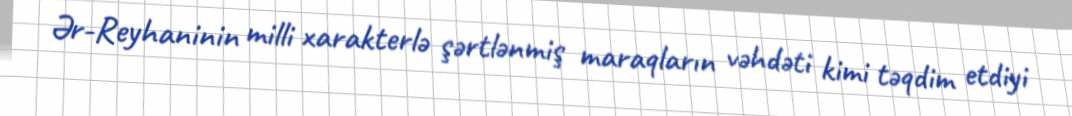
Ər-Reyhaninin milli xarakterlə şərtlənmiş maraqların vəhdəti kimi təqdim etdiyi